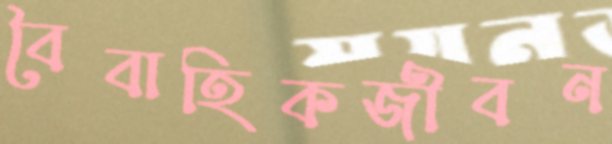
বৈবাহিকজীবন